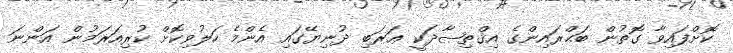
ކޮށްފައިވާ ގޮތުން ބަޙްރައިންގެ އިޤްތިޞާދަކީ ޢަރަބި ދުނިޔޭގައި އެންމެ ހަލުވިކޮށް ކުރިއަރަމުން އަންނަ